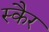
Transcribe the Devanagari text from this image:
स्कैर